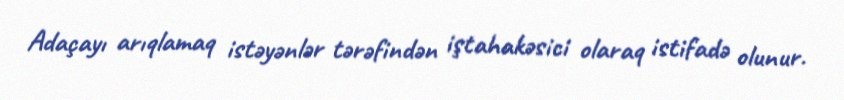
Adaçayı arıqlamaq istəyənlər tərəfindən iştahakəsici olaraq istifadə olunur.